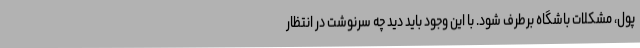
پول، مشکلات باشگاه برطرف شود. با این وجود باید دید چه سرنوشت در انتظار